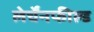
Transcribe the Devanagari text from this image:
लेर्चेंनफील्ड